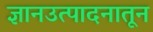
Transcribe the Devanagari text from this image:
ज्ञानउत्पादनातून